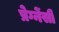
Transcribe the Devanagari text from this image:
प्रेग्नेंसी